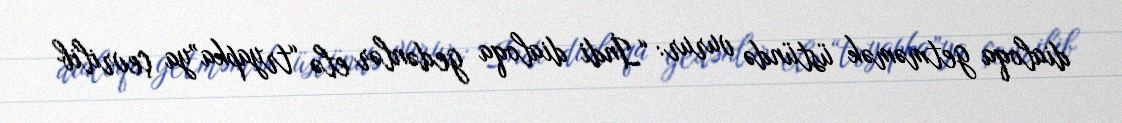
dialoqa getməmək üstündə vurur: “İndi dialoqa gedənlər elə “tryapka”ya çevrilib